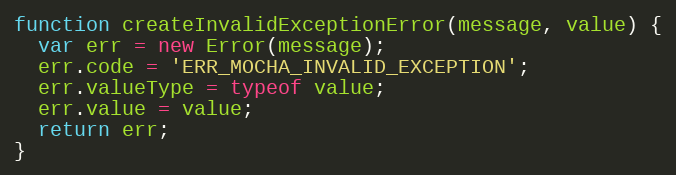
Language: JavaScript
function createInvalidExceptionError(message, value) {
  var err = new Error(message);
  err.code = 'ERR_MOCHA_INVALID_EXCEPTION';
  err.valueType = typeof value;
  err.value = value;
  return err;
}